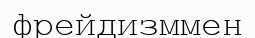
фрейдизммен